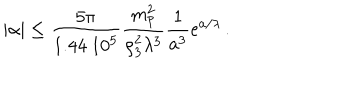
LaTeX: | \alpha | \le { \frac { 5 \pi } { 1 . 4 4 ~ 1 0 ^ { 5 } } } { \frac { m _ { \mathrm { p } } ^ { 2 } } { \rho _ { 3 } ^ { 2 } \lambda ^ { 3 } } } { \frac { 1 } { a ^ { 3 } } } \mathrm { e } ^ { a / \lambda } \, .